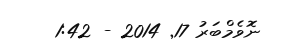
ނޮވެމްބަރު 17